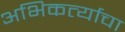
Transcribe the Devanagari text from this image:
अभिकर्त्याचा